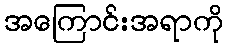
အကြောင်းအရာကို